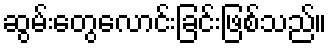
ဆွမ်းတွေလောင်းခြင်းဖြစ်သည်။